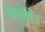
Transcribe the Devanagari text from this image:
अंबुधि